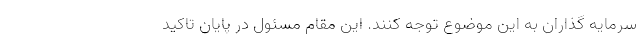
سرمایه گذاران به این موضوع توجه کنند. این مقام مسئول در پایان تاکید